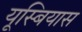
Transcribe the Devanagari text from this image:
यूस्बियास